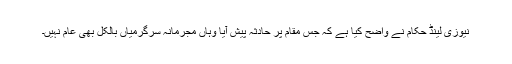
نیوزی لینڈ حکام نے واضح کیا ہے کہ جس مقام پر حادثہ پیش آیا وہاں مجرمانہ سرگرمیاں بالکل بھی عام نہیں۔